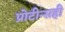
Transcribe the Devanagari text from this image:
प्रोटीन्सही